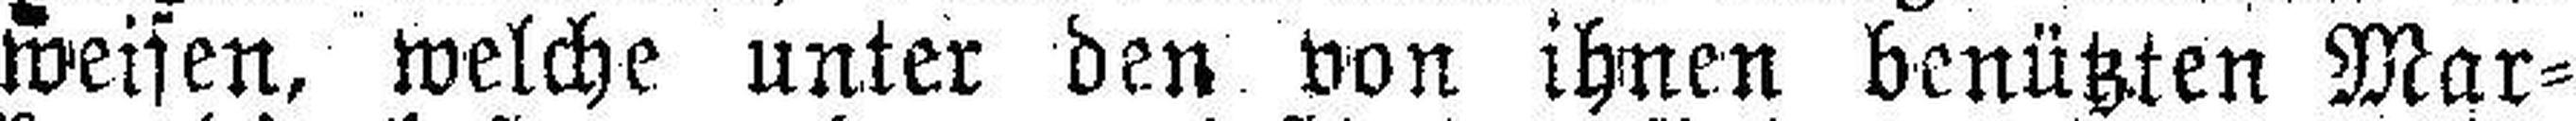
weisen, welche unter den von ihnen benützten Mar¬